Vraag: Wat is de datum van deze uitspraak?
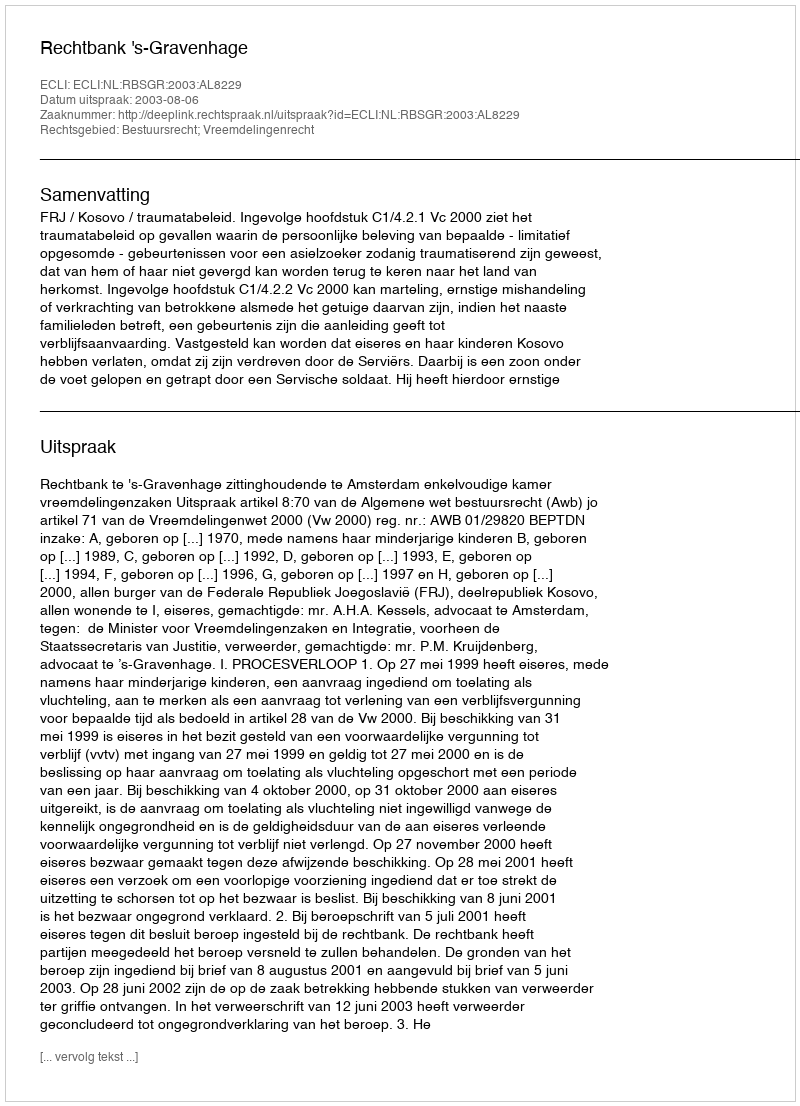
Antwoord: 2003-08-06